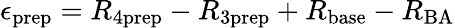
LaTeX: \epsilon_{\mathrm{prep}}=R_{4\mathrm{prep}}-R_{3\mathrm{prep}}+R_{\mathrm{base}}-R_{\mathrm{BA}}